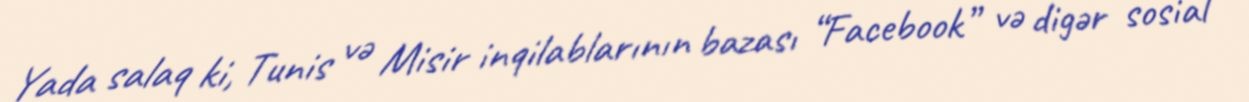
Yada salaq ki, Tunis və Misir inqilablarının bazası “Facebook” və digər sosial